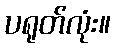
ပရုတ်လုံး။